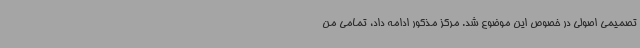
تصمیمی اصولی در خصوص این موضوع شد. مرکز مذکور ادامه داد، تمامی من